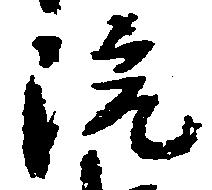
院